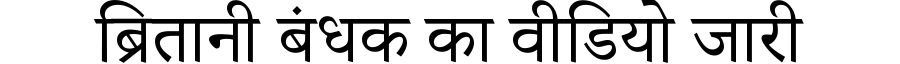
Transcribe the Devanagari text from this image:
ब्रितानी बंधक का वीडियो जारी